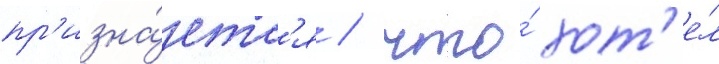
пр'изна́етс'я / что́ хот'е́л